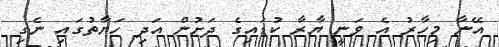
އޭނާ މިހާރު އެ ވަނީ ޔާރާ ކުޑައިގެ ދަށުން އަދި ހަޔާތުގައި ނެގި